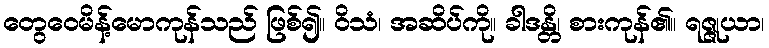
တွေဝေမိန့်မောကုန်သည် ဖြစ်၍။ ဝိသံ၊ အဆိပ်ကို။ ခါဒန္တိ၊ စားကုန်၏။ ရဇ္ဇုယာ၊